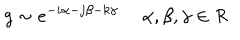
LaTeX: g \sim e ^ { - i \alpha - j \beta - k \gamma } \ \alpha , \beta , \gamma \in R